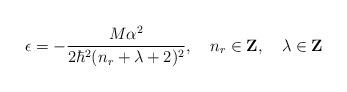
LaTeX: \begin{align*}\epsilon=-\frac{M\alpha^2}{2\hbar^2(n_r+\lambda+2)^2},\,\,\,\,\,\,n_r \in {\rm {\bf Z}},\,\,\,\,\,\,\lambda \in {\rm {\bf Z}}\end{align*}